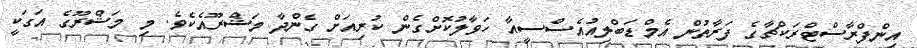
އިންފްރާސްޓްރަކްޗާގެ ފަރާތުން އެމްޑަބްލިއުއެސްސީއާ ހަވާލުކޮށްގެން ކުރިއަށް ގެންދާ މަޝްރޫއެކެވެ. މި މަޝްރޫގެ އަގަކީ